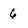
Character: 6